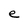
Character: e